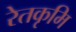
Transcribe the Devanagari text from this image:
रेतकृमि